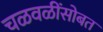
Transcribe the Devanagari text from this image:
चळवळींसोबत